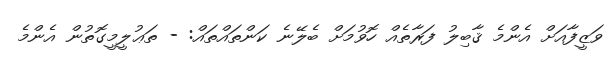
ވަޒީފާއަށް އެންމެ ޤާބިލު ފަރާތެއް ހޮވުމަށް ބެލޭނެ ކަންތައްތައް: - ތަޢުލީމީގޮތުން އެންމެ